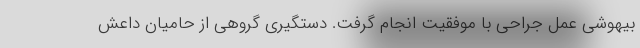
بیهوشی عمل جراحی با موفقیت انجام گرفت. دستگیری گروهی از حامیان داعش